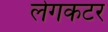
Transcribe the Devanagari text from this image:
लेगकटर